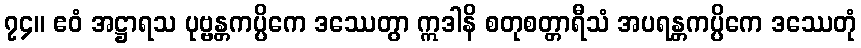
၇၄။ ဧဝံ အဋ္ဌာရသ ပုဗ္ဗန္တကပ္ပိကေ ဒဿေတွာ ဣဒါနိ စတုစတ္တာရီသံ အပရန္တကပ္ပိကေ ဒဿေတုံ